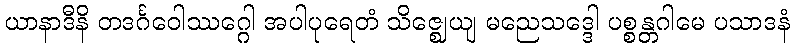
ယာနာဒီနိ တဒင်္ဂဝေါဿဂ္ဂေါ အပါပုရေတံ သိဇ္ဈေယျ မညေသဒ္ဒေါ ပစ္စန္တဂါမေ ပသာဒနံ